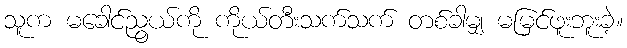
သူက မခေါင်ညွယ်ကို ကိုယ်တီးသက်သက် တစ်ခါမျှ မမြင်ဖူးဘူးခဲ့။